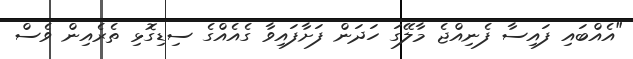
"އެއްބައި ފައިސާ ފެނިއްޖެ މާލޭގަ ހަދަން ފަށާފައިވާ ގެއެއްގެ ސިޑިގޮޅި ތެރެއިން ވެސް